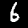
Digit: 6